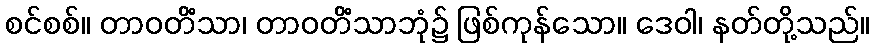
စင်စစ်။ တာဝတိံသာ၊ တာဝတိံသာဘုံ၌ ဖြစ်ကုန်သော။ ဒေဝါ၊ နတ်တို့သည်။